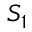
S _ { 1 }